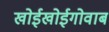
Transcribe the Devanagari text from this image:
खोईखोईगोवाब